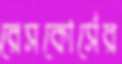
রেসকোর্সের